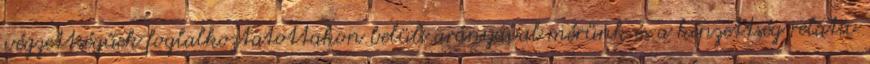
végzettségűek foglalkoztatottakon belüli arányával mérünk és a képzettség relatív